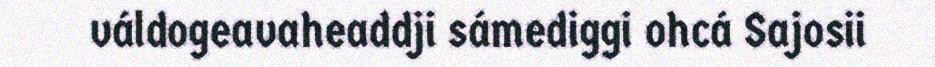
váldogeavaheaddji sámediggi ohcá Sajosii